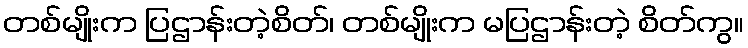
တစ်မျိုးက ပြဌာန်းတဲ့စိတ်၊ တစ်မျိုးက မပြဌာန်းတဲ့ စိတ်ကွ။